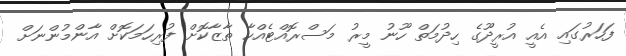
ފަހަރުގައި އެއީ އުރީދޫގެ ހިދުމަތް ހޫނު މީރު މަސްރޮއްޓެއްހާ ތާޒާކޮށް ފުރިހަމަކޮށް އާންމުންނަށް